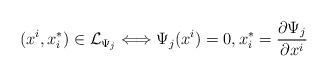
LaTeX: \begin{align*} (x^i,x^*_i)\in\mathcal{L}_{\Psi_j}\Longleftrightarrow \Psi_j(x^i)=0,x_i^* = \frac{\partial\Psi_j}{\partial x^i}\end{align*}